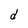
Character: d